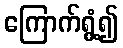
ကြောက်ရွံ့၍